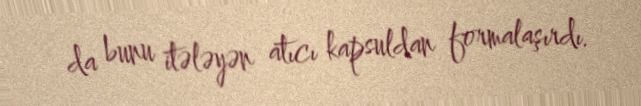
da bunu itələyən atıcı kapsuldan formalaşırdı.